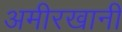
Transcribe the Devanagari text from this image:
अमीरखानी